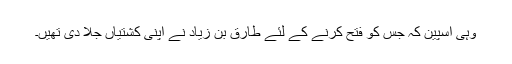
وہی اسپین کہ جس کو فتح کرنے کے لئے طارق بن زیاد نے اپنی کشتیاں جلا دی تھیں۔